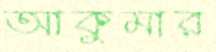
আকুমার